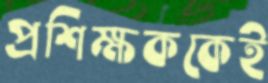
প্রশিক্ষককেই